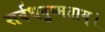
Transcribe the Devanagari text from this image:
सर्वधनुष्मताम्‌।